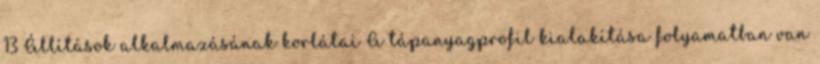
13 Állítások alkalmazásának korlátai A tápanyagprofil kialakítása folyamatban van